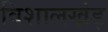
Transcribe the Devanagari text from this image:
विशालखंड़